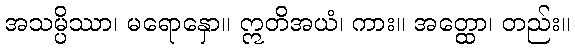
အသမ္ပိဿာ၊ မရောနှော။ ဣတိအယံ၊ ကား။ အတ္ထော၊ တည်း။